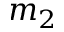
m _ { 2 }